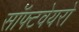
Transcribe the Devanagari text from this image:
सॉफ्टवेयरो